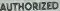
AUTHORIZED